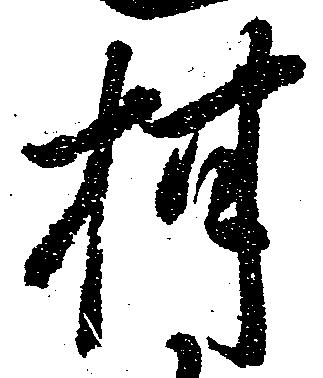
柑